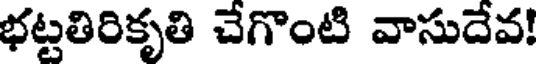
భట్టతిరికృతి చేగొంటి వాసుదేవ!